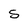
Character: 5